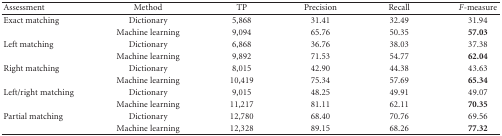
| Assessment | Method | TP | Precision | Recall | F-measure |
 | --- | --- | --- | --- | --- | --- |
 | Exact matching | Dictionary | 5,868 | 31.41 | 32.49 | 31.94 |
 |  | Machine learning | 9,094 | 65.76 | 50.35 | 57.03 |
 | Left matching | Dictionary | 6,868 | 36.76 | 38.03 | 37.38 |
 |  | Machine learning | 9,892 | 71.53 | 54.77 | 62.04 |
 | Right matching | Dictionary | 8,015 | 42.90 | 44.38 | 43.63 |
 |  | Machine learning | 10,419 | 75.34 | 57.69 | 65.34 |
 | Left/right matching | Dictionary | 9,015 | 48.25 | 49.91 | 49.07 |
 |  | Machine learning | 11,217 | 81.11 | 62.11 | 70.35 |
 | Partial matching | Dictionary | 12,780 | 68.40 | 70.76 | 69.56 |
 |  | Machine learning | 12,328 | 89.15 | 68.26 | 77.32 |